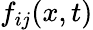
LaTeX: f_{ij}(x,t)